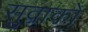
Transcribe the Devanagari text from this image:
सुवाको